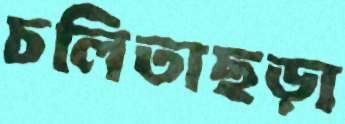
চলিতাছড়া